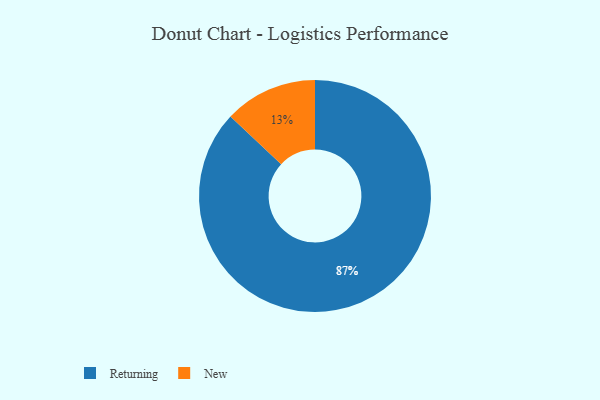
{"axis": {"x": "Category", "y": "Percentage"}, "legend": ["New", "Returning"], "data": [{"x": "Returning", "y": 87, "type": "Returning"}, {"x": "New", "y": 13, "type": "New"}]}